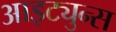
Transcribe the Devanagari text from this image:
आइट्युन्स